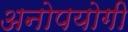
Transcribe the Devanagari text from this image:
अनोपयोगी